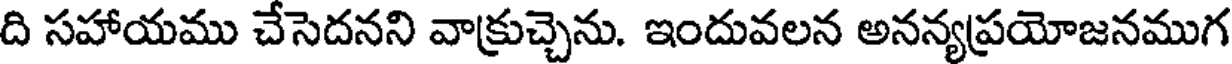
ది సహాయము చేసెదనని వాక్రుచ్చెను. ఇందువలన అనన్యప్రయోజనముగ